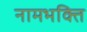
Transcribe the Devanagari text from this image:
नामभक्ति